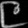
Digit: ၉